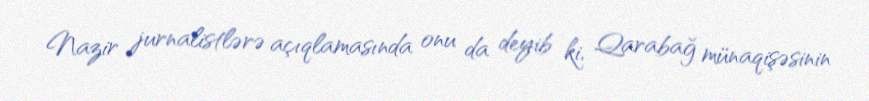
Nazir jurnalistlərə açıqlamasında onu da deyib ki, Qarabağ münaqişəsinin